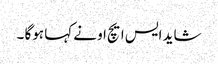
شاید ایس ایچ او نے کہا ہوگا ۔